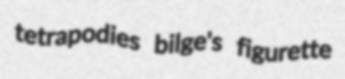
tetrapodies bilge's figurette